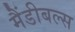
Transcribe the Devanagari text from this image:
मैंडीबल्स